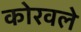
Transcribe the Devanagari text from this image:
कोरवले